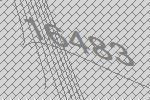
16483